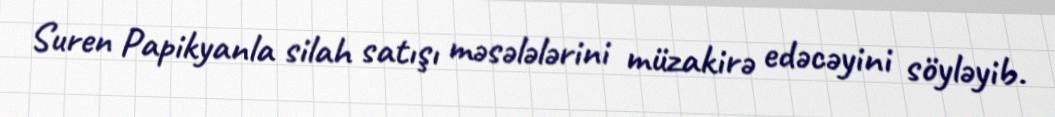
Suren Papikyanla silah satışı məsələlərini müzakirə edəcəyini söyləyib.